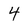
Character: 4